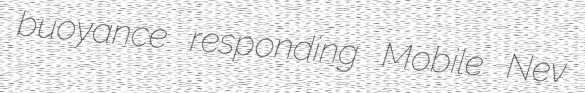
buoyance responding Mobile Nev